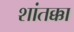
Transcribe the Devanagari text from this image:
शांतक्का